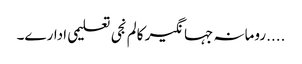
....رومانہ جہانگیر کالم	نجی تعلیمی ادارے۔